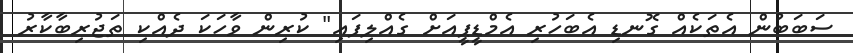
ސަބަބުން އެތަކެއް ގޮނޑި އެބަހުރި އެމްޑީޕީއަށް ގެއްލިފައި" ކުރިން ވާހަކަ ދެއްކި ތަޖުރިބާކާރު